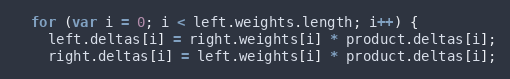
Language: JavaScript
  for (var i = 0; i < left.weights.length; i++) {
    left.deltas[i] = right.weights[i] * product.deltas[i];
    right.deltas[i] = left.weights[i] * product.deltas[i];